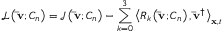
\mathcal { L } \left( { { \bf { \bar { v } } } ; { C _ { n } } } \right) = { \mathcal J } \left( { { \bf { \bar { v } } } ; { C _ { n } } } \right) - \sum _ { k = 0 } ^ { 3 } { { { \left\langle { { R _ { k } } \left( { { \bf { \bar { v } } } ; { C _ { n } } } \right) , { { { \bf { \bar { v } } } } ^ { \dag } } } \right\rangle } _ { { \bf { x } } , t } } }